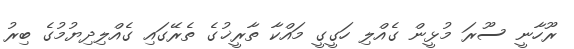
ރޫހާނީ ސޫރަ މުޅީން ގެއްލި ހަގީގީ މައްކާ ތާރީޚުގެ ތެރޭގައި ގެއްލިދިޔުމުގެ ބިރު